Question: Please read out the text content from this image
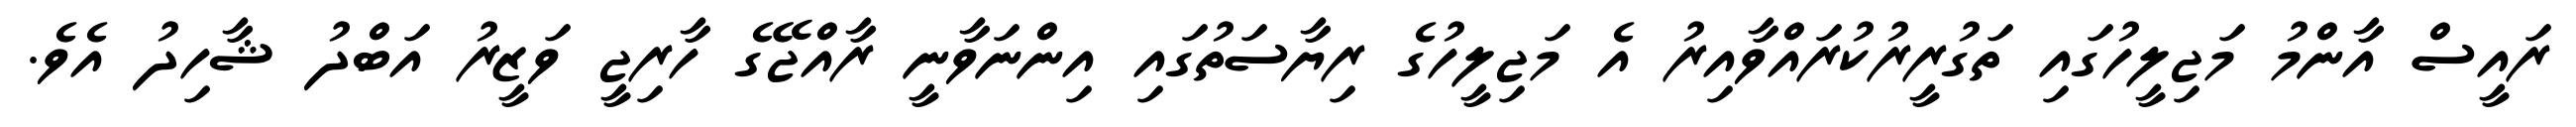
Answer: ރައީސް އާންމު މަޖިލީހުގައި ތަގުރީރުކުރައްވާއިރު އެ މަޖިލީހުގެ ރިޔާސަތުގައި އިންނަވާނީ ރާއްޖޭގެ ހާރިޖީ ވަޒީރު އަބްދު ޝާހިދު އެވެ.